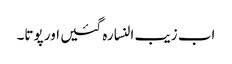
اب زیب النسا رہ گئیں اور پوتا۔